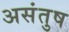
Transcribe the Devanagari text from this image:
असंतुष